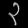
Digit: ၃